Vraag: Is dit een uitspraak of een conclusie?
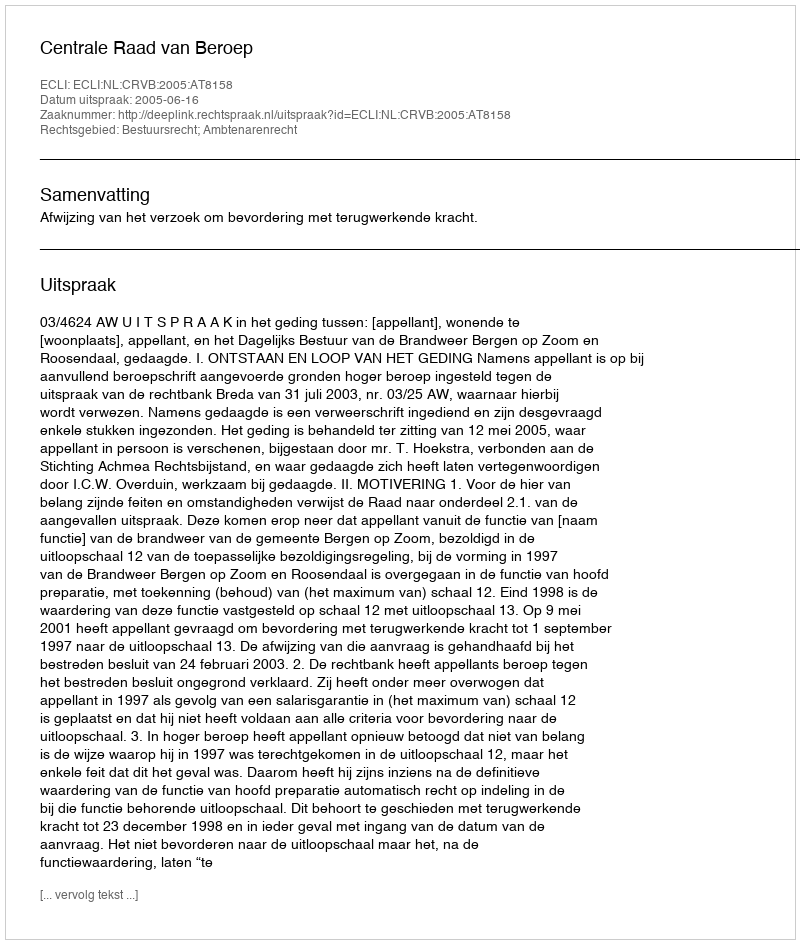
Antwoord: Uitspraak